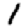
Digit: 1